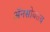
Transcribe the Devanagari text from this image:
अॅनसोबतच